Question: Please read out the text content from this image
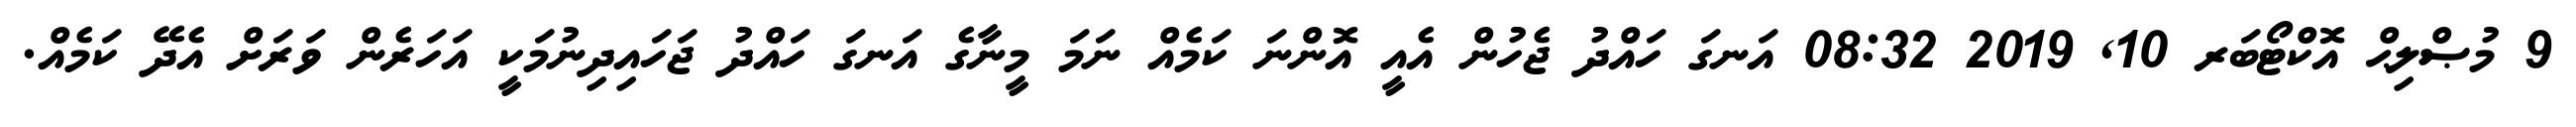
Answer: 9 މުޞްލިޙް އޮކްޓޯބަރ 10, 2019 08:32 އަނގަ ހައްދު ޖެހުން އެއީ އޮންނަ ކަމެއް ނަމަ މީނާގެ އަނގަ ހައްދު ޖަހައިދިނުމަކީ އަހަރެން ވަރަށް އެދޭ ކަމެއް.